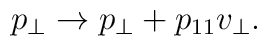
p_\bot \rightarrow p_\bot + p_{11} v_\bot.